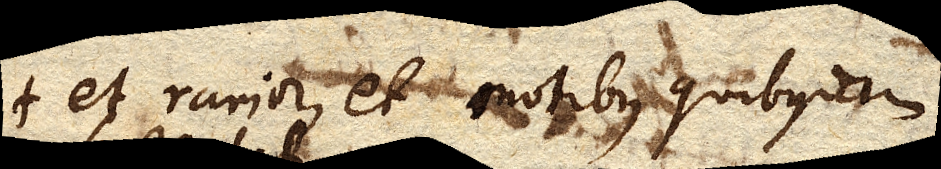
et rarior, et motibus quibusdam